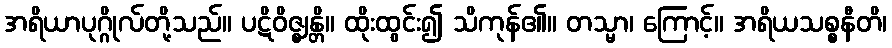
အရိယာပုဂ္ဂိုလ်တို့သည်။ ပဋိဝိဇ္ဈန္တိ။ ထိုးထွင်း၍ သိကုန်၏။ တသ္မာ၊ ကြောင့်။ အရိယသစ္စနီတိ၊